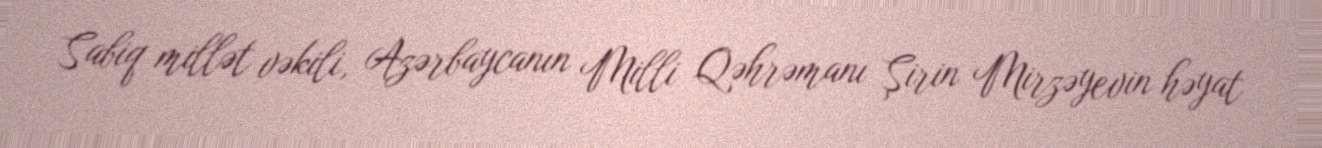
Sabiq millət vəkili, Azərbaycanın Milli Qəhrəmanı Şirin Mirzəyevin həyat